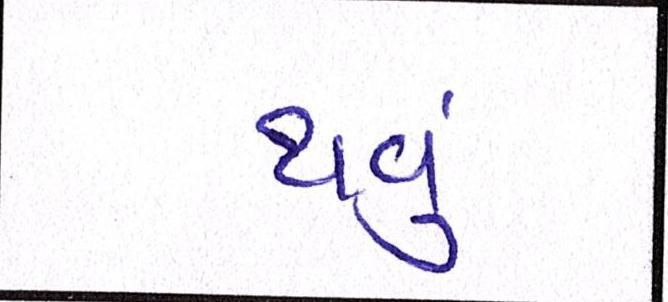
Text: થવું